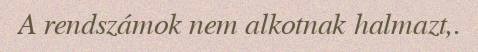
A rendszámok nem alkotnak halmazt,.